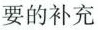
要的补充